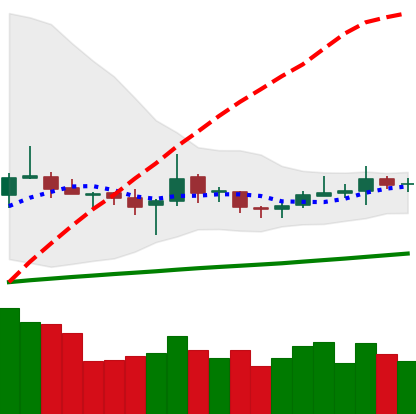
Ticker: TRX-USD
Chart end date: 2020-10-14
Forward return: -3.601%
Label: down_3_5